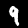
Digit: 9